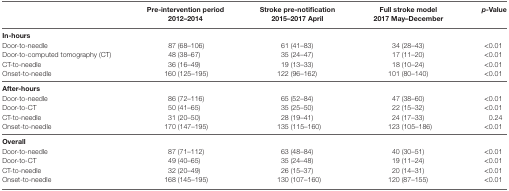
<table><thead><tr><td></td><td><b>Pre-intervention period 2012–2014</b></td><td><b>Stroke pre-notification 2015–2017 April</b></td><td><b>Full stroke model 2017 May–December</b></td><td><b><i>p-</i>Value</b></td></tr></thead><tbody><tr><td><b>In-hours</b></td><td></td><td></td><td></td><td></td></tr><tr><td>Door-to-needle</td><td>87 (68–106)</td><td>61 (41–83)</td><td>34 (28–43)</td><td>&lt;0.01</td></tr><tr><td>Door-to-computed tomography (CT)</td><td>48 (38–67)</td><td>35 (24–47)</td><td>17 (11–20)</td><td>&lt;0.01</td></tr><tr><td>CT-to-needle</td><td>36 (16–49)</td><td>19 (13–33)</td><td>18 (10–24)</td><td>&lt;0.01</td></tr><tr><td>Onset-to-needle</td><td>160 (125–195)</td><td>122 (96–162)</td><td>101 (80–140)</td><td>&lt;0.01</td></tr><tr><td><b>After-hours</b></td><td></td><td></td><td></td><td></td></tr><tr><td>Door-to-needle</td><td>86 (72–116)</td><td>65 (52–84)</td><td>47 (38–60)</td><td>&lt;0.01</td></tr><tr><td>Door-to-CT</td><td>50 (41–65)</td><td>35 (25–50)</td><td>22 (15–32)</td><td>&lt;0.01</td></tr><tr><td>CT-to-needle</td><td>31 (20–50)</td><td>28 (19–41)</td><td>24 (17–33)</td><td>0.24</td></tr><tr><td>Onset-to-needle</td><td>170 (147–195)</td><td>135 (115–160)</td><td>123 (105–186)</td><td>&lt;0.01</td></tr><tr><td><b>Overall</b></td><td></td><td></td><td></td><td></td></tr><tr><td>Door-to-needle</td><td>87 (71–112)</td><td>63 (48–84)</td><td>40 (30–51)</td><td>&lt;0.01</td></tr><tr><td>Door-to-CT</td><td>49 (40–65)</td><td>35 (24–48)</td><td>19 (11–24)</td><td>&lt;0.01</td></tr><tr><td>CT-to-needle</td><td>32 (20–49)</td><td>26 (15–37)</td><td>20 (14–31)</td><td>&lt;0.01</td></tr><tr><td>Onset-to-needle</td><td>168 (145–195)</td><td>130 (107–160)</td><td>120 (87–155)</td><td>&lt;0.01</td></tr></tbody></table>